Indian journal of veterinary science and animal husbandry - Volume 10,
Year: 1940
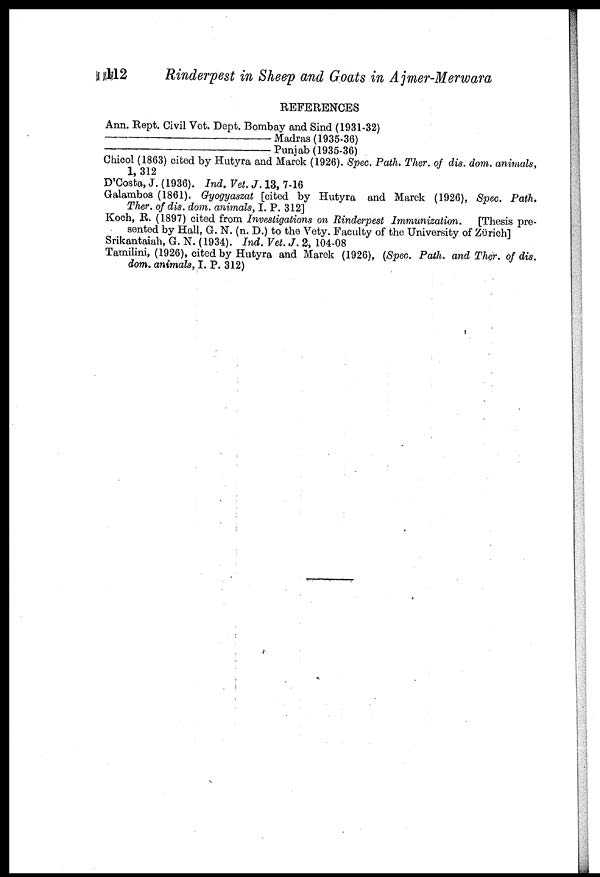
112
Rinderpest in Sheep and Goats in Ajmer-Merwara
REFERENCES
Ann. Rept. Civil Vet. Dept. Bombay and Sind (1931-32)
——————————————Madras (1935-36)
——————————————Punjab (1935-36)
Chicol (1863) cited by Hutyra and Marek (1926). Spec. Path. Ther. of dis. dom. animals,
1,312
D'Costa, J. (1936). Ind. Vet. J. 13, 7-16
Galambos (1861). Gyogyaszat [cited by Hutyra and Marek (1926), Spec. Path.
Ther. of dis. dom. animals, I. P. 312]
Koch, R. (1897) cited from Investigations on Rinderpest Immunization.
[Thesis pre-
sented by Hall, G. N. (n. D.) to the Vety. Faculty of the University of Zürich]
Srikantaiah, G. N. (1934). Ind. Vet. J. 2, 104-08
Tamilini, (1926), cited by Hutyra and Marek (1926), (Spec. Path. and Ther. of dis.
dom. animals, I. P. 312)